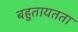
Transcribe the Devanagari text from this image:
बहुतायतता